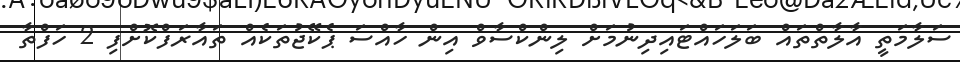
ސަލާމަތީ އާލާތްތައް ބަލަހައްޓައިދިނުމަށް ލިންކްސާވް އިން ހާއްސަ ޕެކޭޖުތަކެއް ތައާރަފްކޮށްފި 2 ހަފްތާ